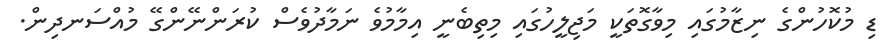
ޑި މުކޮހުންގެ ނިޒާމުގައި މިވާގޮތަކީ މަޖިލީހުގައި މިތިބެނީ އިމާމުވެ ނަމާދުވެސް ކުރަންނޭންގޭ މުއްސަނދިން.